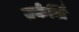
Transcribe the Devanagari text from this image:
तर्कर्लि